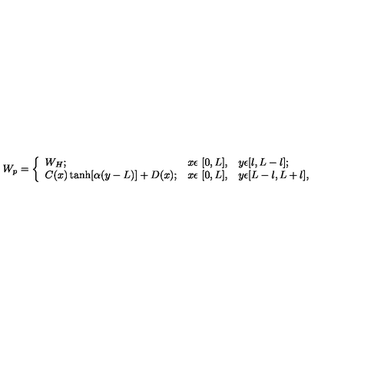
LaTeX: W _ { p } = \left\{ \begin{array} { l l l } { W _ { H } ; } & { x \epsilon \ [ 0 , L ] , } & { y \epsilon [ l , L - l ] ; } \\ { C ( x ) \tanh [ \alpha ( y - L ) ] + D ( x ) ; } & { x \epsilon \ [ 0 , L ] , } & { y \epsilon [ L - l , L + l ] , } \\ \end{array} \right.